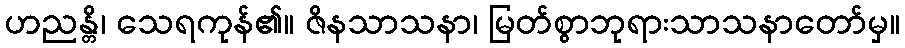
ဟညန္တိ၊ သေရကုန်၏။ ဇိနသာသနာ၊ မြတ်စွာဘုရားသာသနာတော်မှ။